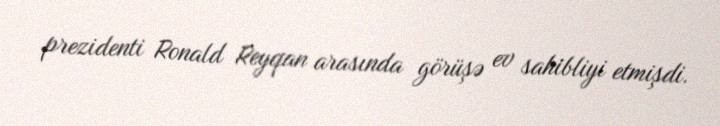
prezidenti Ronald Reyqan arasında görüşə ev sahibliyi etmişdi.